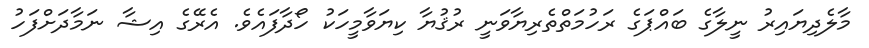
މާލެދިޔައިރު ނީލާގެ ބައްޕަގެ ރަހުމަތްތެރިޔާވަނީ ރުޤުޔާ ކިޔަވާމީހަކު ހޯދާފައެވެ. އެރޭގެ އިޝާ ނަމާދަށްފަހު